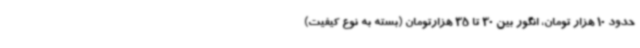
حدود 10 هزار تومان، انگور بین 30 تا 35 هزارتومان (بسته به نوع کیفیت)